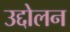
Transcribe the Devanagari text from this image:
उद्दोलन